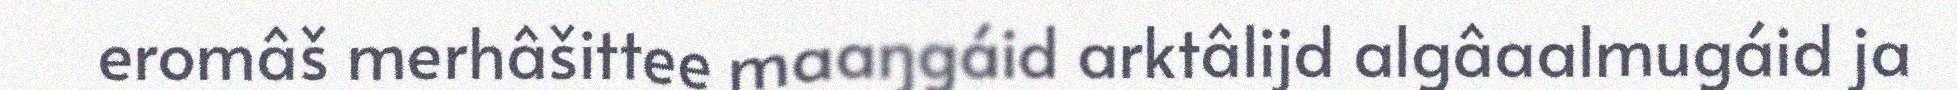
eromâš merhâšittee maaŋgáid arktâlijd algâaalmugáid ja